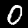
Digit: 0